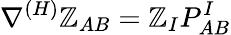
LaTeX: \nabla^{(H)}\mathbb{Z}_{AB}=\mathbb{Z}_{I}P_{AB}^{I}